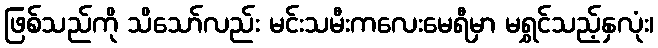
ဖြစ်သည်ကို သိသော်လည်း မင်းသမီးကလေးမေရီမှာ မရွှင်သည့်နှလုံး၊